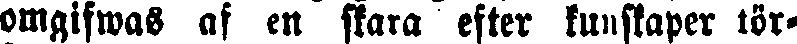
omgifwas af en skara efter kunskaper tör-